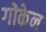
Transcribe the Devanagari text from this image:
गोकेन